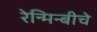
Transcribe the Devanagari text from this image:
रेन्मिन्बीचे